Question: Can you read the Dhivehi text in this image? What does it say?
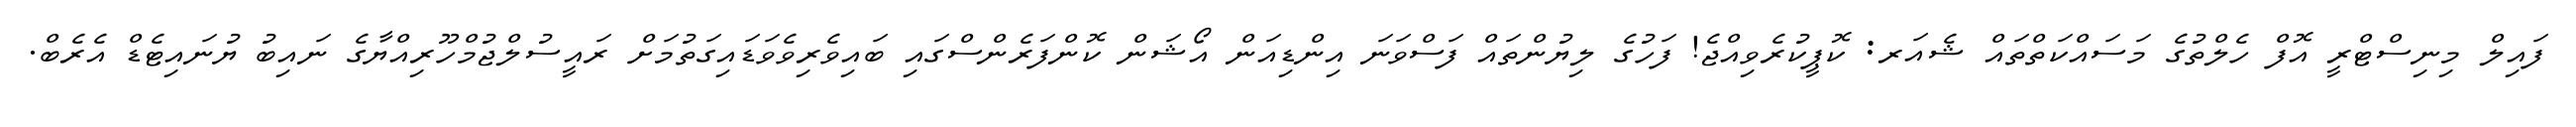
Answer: ފައިލް މިނިސްޓްރީ އޮފް ހެލްތުގެ މަސައްކަތްތައް ޝެއަރ: ކޮޕީކުރެވިއްޖެ! ފަހުގެ ލިޔުންތައް ފަސްވަނަ އިންޑިއަން އޯޝަން ކޮންފަރެންސްގައި ބައިވެރިވެވަޑައިގަތުމަށް ރައީސުލްޖުމްހޫރިއްޔާގެ ނައިބު ޔުނައިޓެޑް އެރެބް.